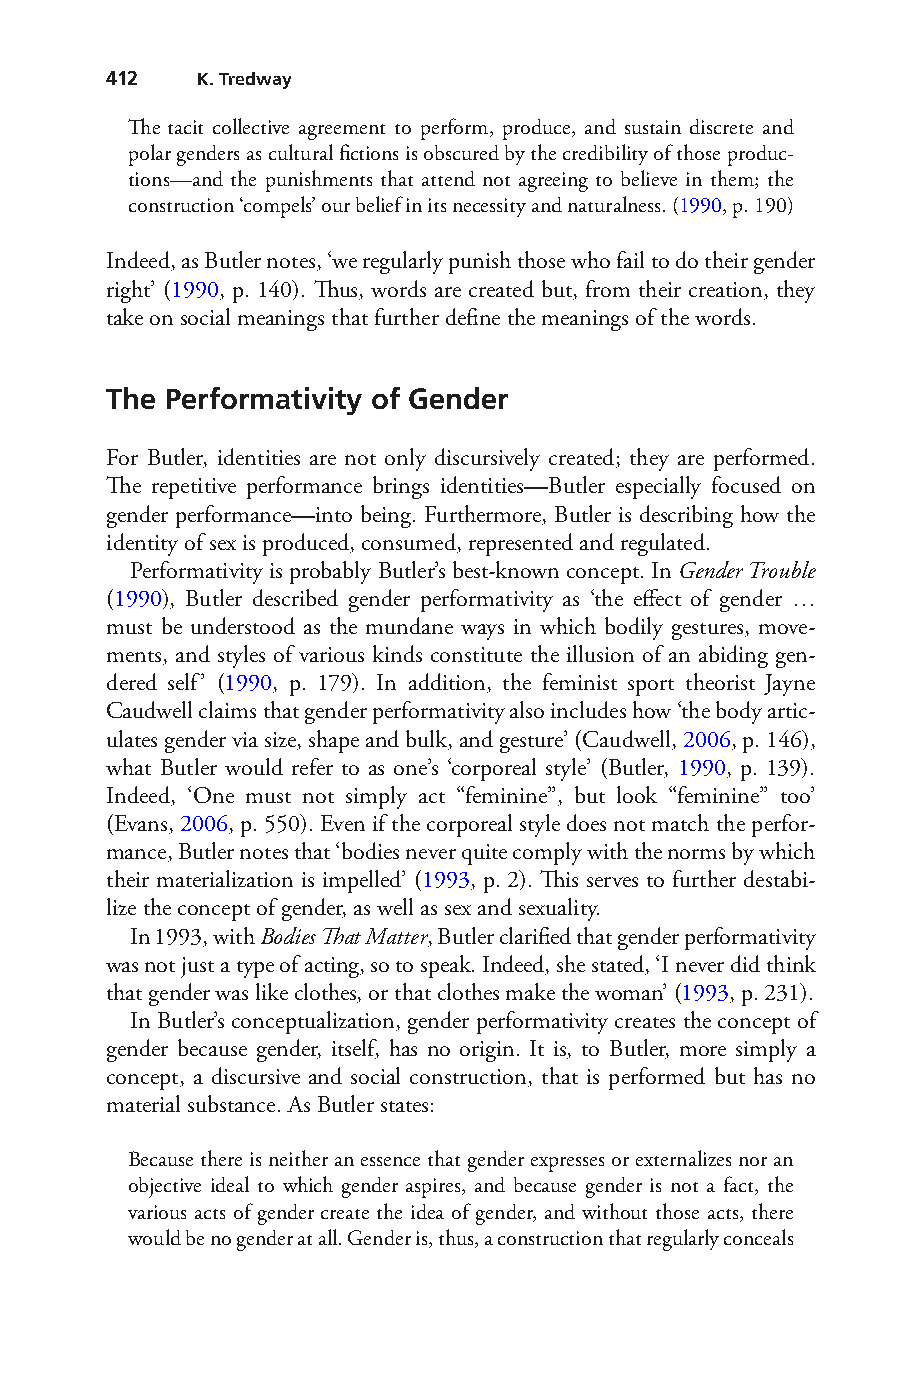
412   K. Tredway
 The tacit collective agreement to perform, produce, and sustain discrete and
 polar genders as cultural fictions is obscured by the credibility of those produc-
 tions—and the punishments that attend not agreeing to believe in them; the
 construction ‘compels’ our belief in its necessity and naturalness. (1990, p. 190)
 Indeed, as Butler notes, ‘we regularly punish those who fail to do their gender
 right’ (1990, p. 140). Thus, words are created but, from their creation, they
 take on social meanings that further define the meanings of the words.
 The Performativity of Gender
 For Butler, identities are not only discursively created; they are performed.
 The repetitive performance brings identities—Butler especially focused on
 gender performance—into being. Furthermore, Butler is describing how the
 identity of sex is produced, consumed, represented and regulated.
 Performativity is probably Butler’s best-known concept. In Gender Trouble
 (1990), Butler described gender performativity as ‘the effect of gender …
 must be understood as the mundane ways in which bodily gestures, move-
 ments, and styles of various kinds constitute the illusion of an abiding gen-
 dered self’ (1990, p. 179). In addition, the feminist sport theorist Jayne
 Caudwell claims that gender performativity also includes how ‘the body artic-
 ulates gender via size, shape and bulk, and gesture’ (Caudwell, 2006, p. 146),
 what Butler would refer to as one’s ‘corporeal style’ (Butler, 1990, p. 139).
 Indeed, ‘One must not simply act “feminine”, but look “feminine” too’
 (Evans, 2006, p. 550). Even if the corporeal style does not match the perfor-
 mance, Butler notes that ‘bodies never quite comply with the norms by which
 their materialization is impelled’ (1993, p. 2). This serves to further destabi-
 lize the concept of gender, as well as sex and sexuality.
 In 1993, with Bodies That Matter, Butler clarified that gender performativity
 was not just a type of acting, so to speak. Indeed, she stated, ‘I never did think
 that gender was like clothes, or that clothes make the woman’ (1993, p. 231).
 In Butler’s conceptualization, gender performativity creates the concept of
 gender because gender, itself, has no origin. It is, to Butler, more simply a
 concept, a discursive and social construction, that is performed but has no
 material substance. As Butler states:
 Because there is neither an essence that gender expresses or externalizes nor an
 objective ideal to which gender aspires, and because gender is not a fact, the
 various acts of gender create the idea of gender, and without those acts, there
 would be no gender at all. Gender is, thus, a construction that regularly conceals